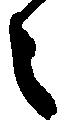
之